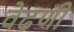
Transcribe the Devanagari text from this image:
वेढणी